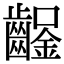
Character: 𨰒